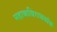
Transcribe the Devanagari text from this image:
महाकविराघवांक